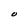
Character: O